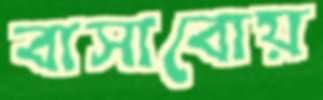
বাসাবোয়